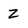
Character: Z